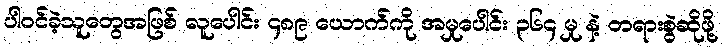
ပါဝင်ခဲ့သူတွေအဖြစ် လူပေါင်း ၄၈၉ ယောက်ကို အမှုပေါင်း ၃၆၄ မှု နဲ့ တရားစွဲဆိုဖို့